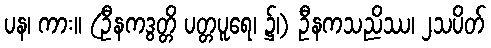
ပန၊ ကား။ (ဦနကဒွတ္တိ ပတ္တပူရေ၊ ၌၊) ဦနကသညိဿ၊ ၂သပိတ်